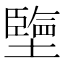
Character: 𡒓